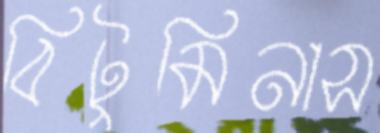
বিটুমিনাস